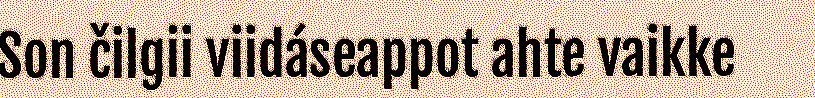
Son čilgii viidáseappot ahte vaikke